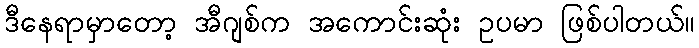
ဒီနေရာမှာတော့ အီဂျစ်က အကောင်းဆုံး ဥပမာ ဖြစ်ပါတယ်။